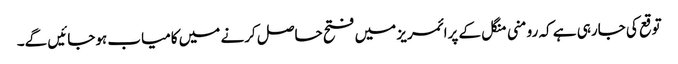
توقع کی جارہی ہے کہ رومنی منگل کے پرائمریز میں فتح حاصل کرنے میں کامیاب ہوجائیں گے۔